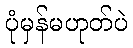
ပုံမှန်မဟုတ်ပဲ